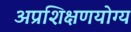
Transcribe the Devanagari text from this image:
अप्रशिक्षणयोग्य